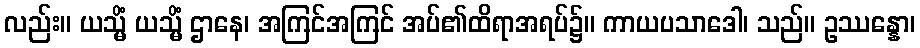
လည်း။ ယသ္မိံ ယသ္မိံ ဌာနေ၊ အကြင်အကြင် အပ်၏ထိရာအရပ်၌။ ကာယပသာဒေါ၊ သည်။ ဥဿန္နော၊